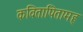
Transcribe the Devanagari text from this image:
कवितापितामह